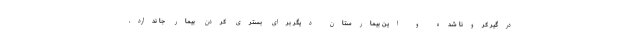
درگیر کرونا شده و این بیمارستان دیگر برای بستری کردن بیمار جا ندارد.